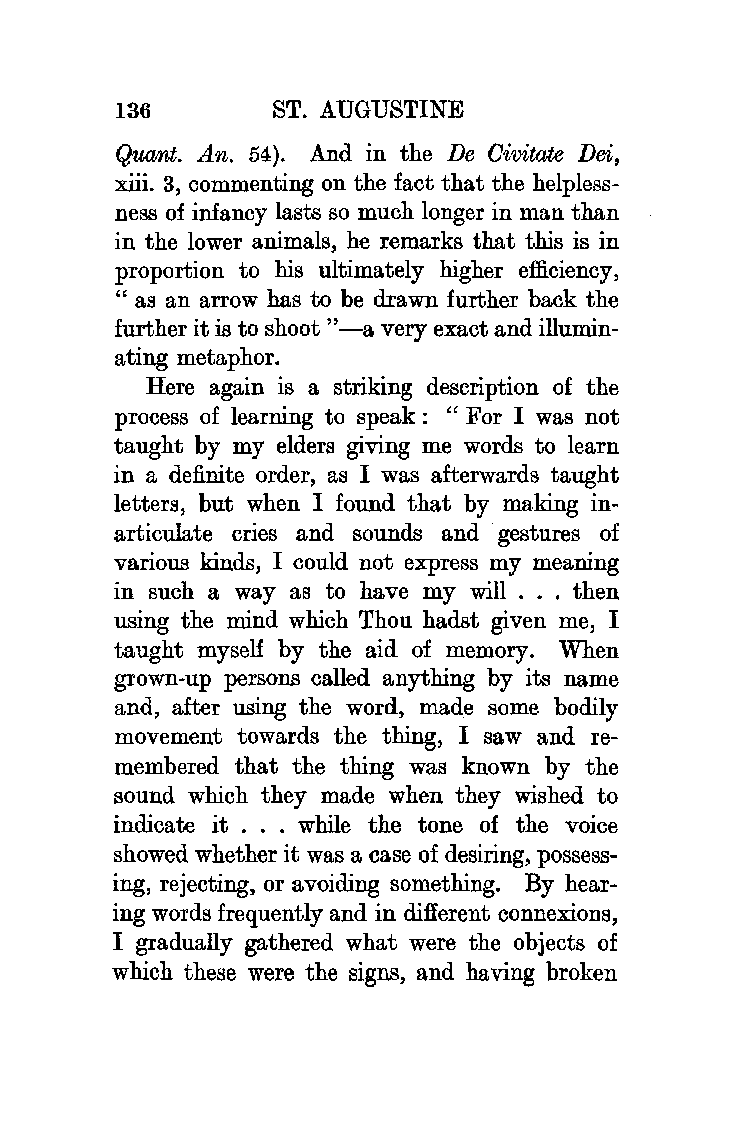
136       ST. AUGUSTINE
 Quant. .An. 54). And in the De Oivitate Dei,
 xiii. 3, commenting on the fact that the helpless
 ness of infancy lasts so much longer in man than
 in the lower animals, he remarks that this is in
 proportion to his ultimately higher efficiency,
 "as an arrow has to be drawn further back the
 further it is to shoot "-a very exact and illumin
 ating metaphor.
 Here again is a striking description of the
 process of learning to speak : " For I was not
 taught by my elders giving me words to learn
 in a definite order, as I was afterwards taught
 letters, but when I found that by making in
 articulate cries and sounds and gestures of
 various kinds, I could not express my meaning
 in such a way as to have my will ... then
 using the mind which Thou hadst given me, I
 taught myself by the aid of memory. When
 grown-up persons called anything by its name
 and, after using the word, mad.e some bodily
 movement towards the thing, I saw and re
 membered that the thing was known by the
 sound which they made when they wished to
 indicate it ... while the tone of the voice
 showed whether it was a case of desiring, possess
 ing, rejecting, or avoiding something. By hear
 ing words frequently and in different connexions,
 I gradually gathered what were the objects of
 which these were the signs, and having broken